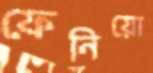
ফেনিয়ো